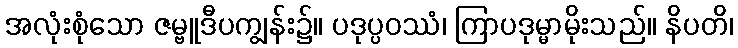
အလုံးစုံသော ဇမ္ဗူဒီပကျွန်း၌။ ပဒုပ္ပဝဿံ၊ ကြာပဒုမ္မာမိုးသည်။ နိပတိ၊